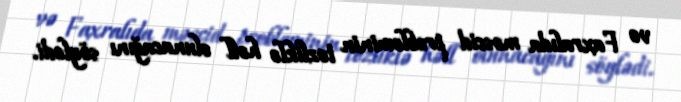
və Faxralıda məscid probleminin tezliklə həll olunacağını söylədi.